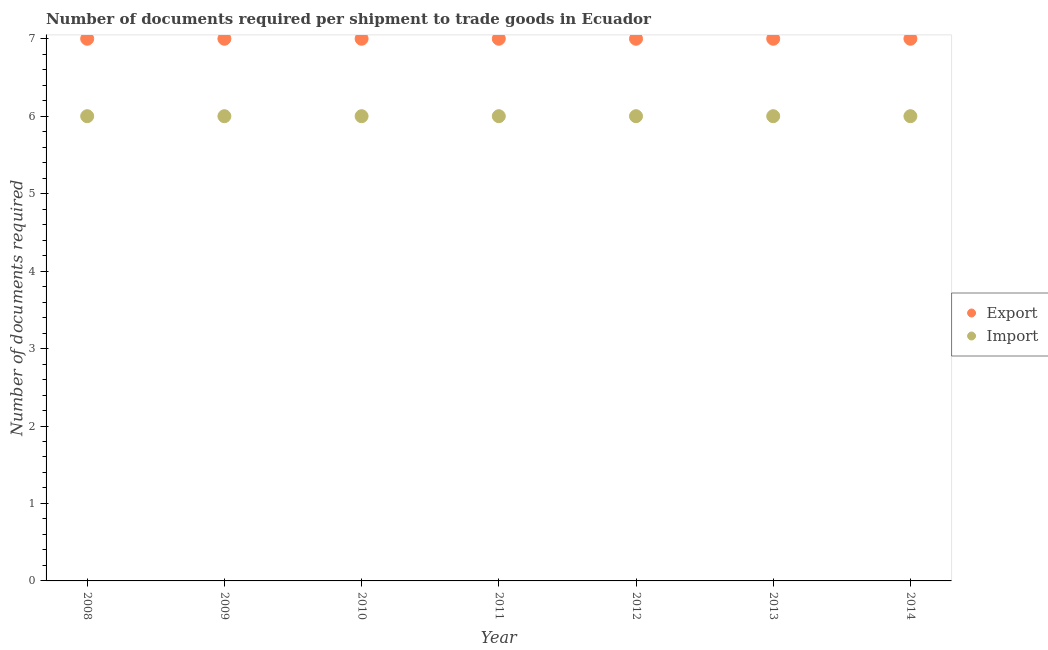
| Year | Export | Import |
 | --- | --- | --- |
 | 2008 | 7 | 6 |
 | 2009 | 7 | 6 |
 | 2010 | 7 | 6 |
 | 2011 | 7 | 6 |
 | 2012 | 7 | 6 |
 | 2013 | 7 | 6 |
 | 2014 | 7 | 6 |